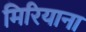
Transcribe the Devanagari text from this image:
मिरियाना